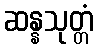
ဆန္နသုတ္တံ